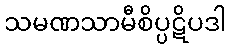
သမဏသာမီစိပ္ပဋိပဒါ